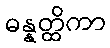
ဓန္နတ္ထိကာ